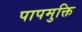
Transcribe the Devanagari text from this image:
पापमुक्ति